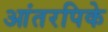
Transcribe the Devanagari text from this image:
आंतरपिके